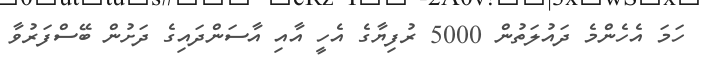
ހަމަ އެހެންމެ ދައުލަތުން 5000 ރުފިޔާގެ އެހީ އާއި އާސަންދައިގެ ދަށުން ބޭސްފަރުވާ